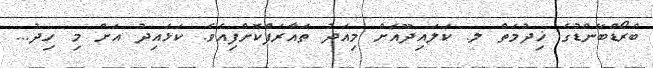
ބްރޯޑްބޭންޑުގެ ޚިދުމަތް ލ. ކަލައިދޫއަށް މިއަދު ތައާރަފްކޮށްފިއެވެ. ކަޅައިދު އަށް މި ހިދު...